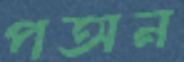
পঅন